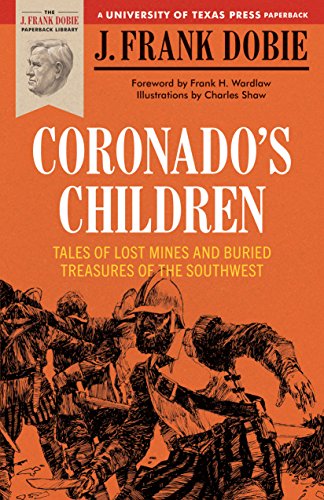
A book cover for Coronado's Children: Tales of Lost Mines and Buried Treasures of the Southwest (Barker Texas History Center Series); J. Frank Dobie; Literature & Fiction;